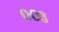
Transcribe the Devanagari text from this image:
००३